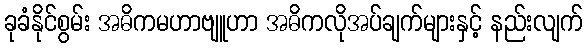
ခုခံနိုင်စွမ်း အဓိကမဟာဗျူဟာ အဓိကလိုအပ်ချက်များနှင့် နည်းလျက်